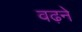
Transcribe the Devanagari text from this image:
वढ़ने